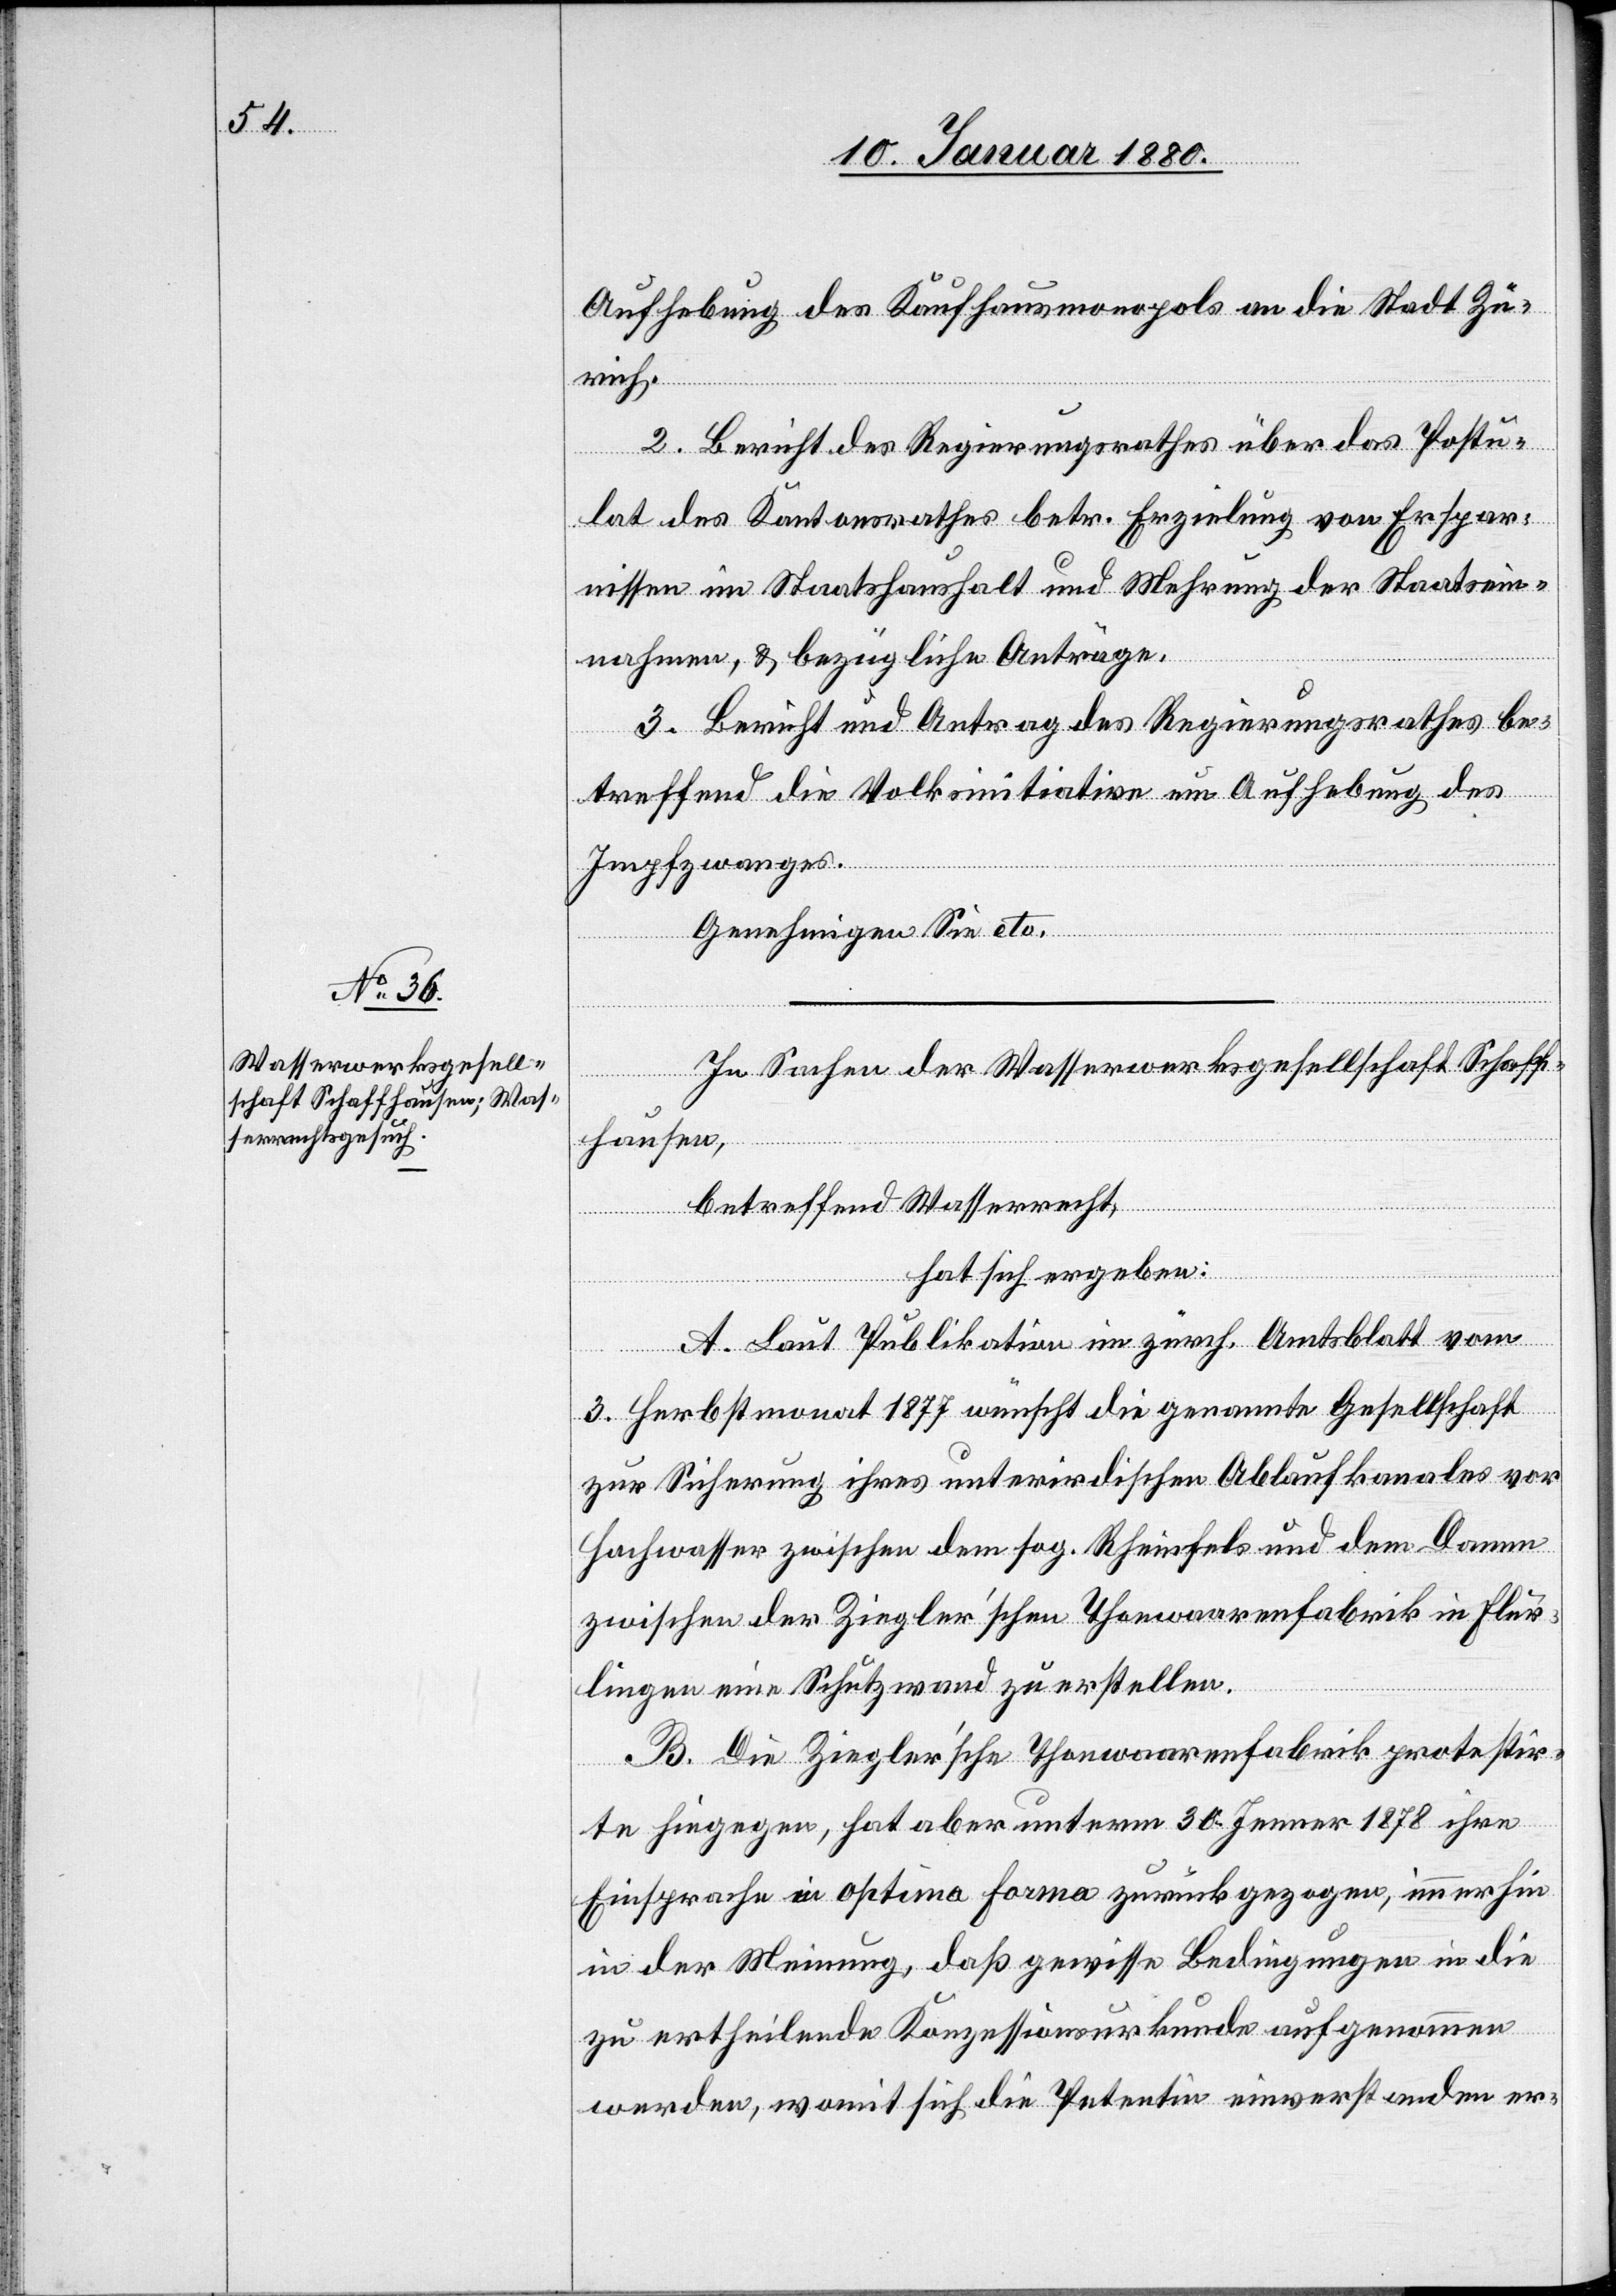
Aufhebung des Kaufhausmonopols an die Stadt Zü¬
rich.
2. Bericht des Regierungsrathes über das Postu¬
lat des Kantonsrathes betr. Erzielung von Erspar¬
nissen im Staatshaushalt und Mehrung der Staatsein¬
nahmen, & bezügliche Anträge.
3. Bericht und Antrag des Regierungsrathes be¬
treffend die Volksinitiative um Aufhebung des
Impfzwanges.
Genehmigen Sie etc.
In Sachen der Wasserwerksgesellschaft Schaff¬
hausen,
betreffend Wasserrecht,
hat sich ergeben:
A. Laut Publikation im zürch. Amtsblatt vom
3. Herbstmonat 1877 wünscht die genannte Gesellschaft
zur Sicherung ihres unterirdischen Ablaufkanales vor
Hochwasser zwischen dem sog. Rheinfels und dem Damm
zwischen der Ziegler’schen Thonwaarenfabrik in Flur¬
lingen eine Schutzwand zu erstellen.
B. Die Ziegler’sche Thonwaarenfabrik protestir¬
te hiegegen, hat aber unterm 30. Jenner 1878 ihre
Einsprache in optima formo zurückgezogen, immerhin
in der Meinung, daß gewisse Bedingungen in die
zu ertheilende Konzessionsurkunde aufgenommen
werden, womit sich die Petentin einverstanden er-